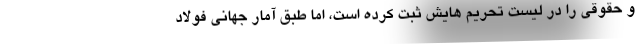
و حقوقی را در لیست تحریم هایش ثبت کرده است، اما طبق آمار جهانی فولاد